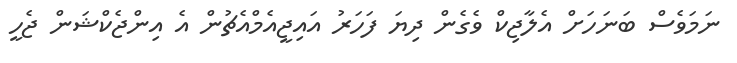
ނަމަވެސް ބަނަހަށް އެލާޖިކް ވެގެން ދިޔަ ފަހަރު އައިޖީއެމްއެޗުން އެ އިންޖެކްޝަން ޖެހީ